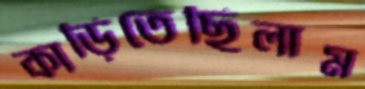
কাড়িতেছিলাম